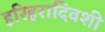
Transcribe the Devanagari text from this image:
हरिहरादिवशी